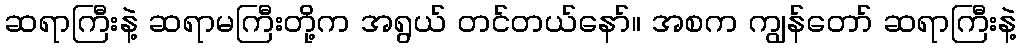
ဆရာကြီးနဲ့ ဆရာမကြီးတို့က အရွယ် တင်တယ်နော်။ အစက ကျွန်တော် ဆရာကြီးနဲ့